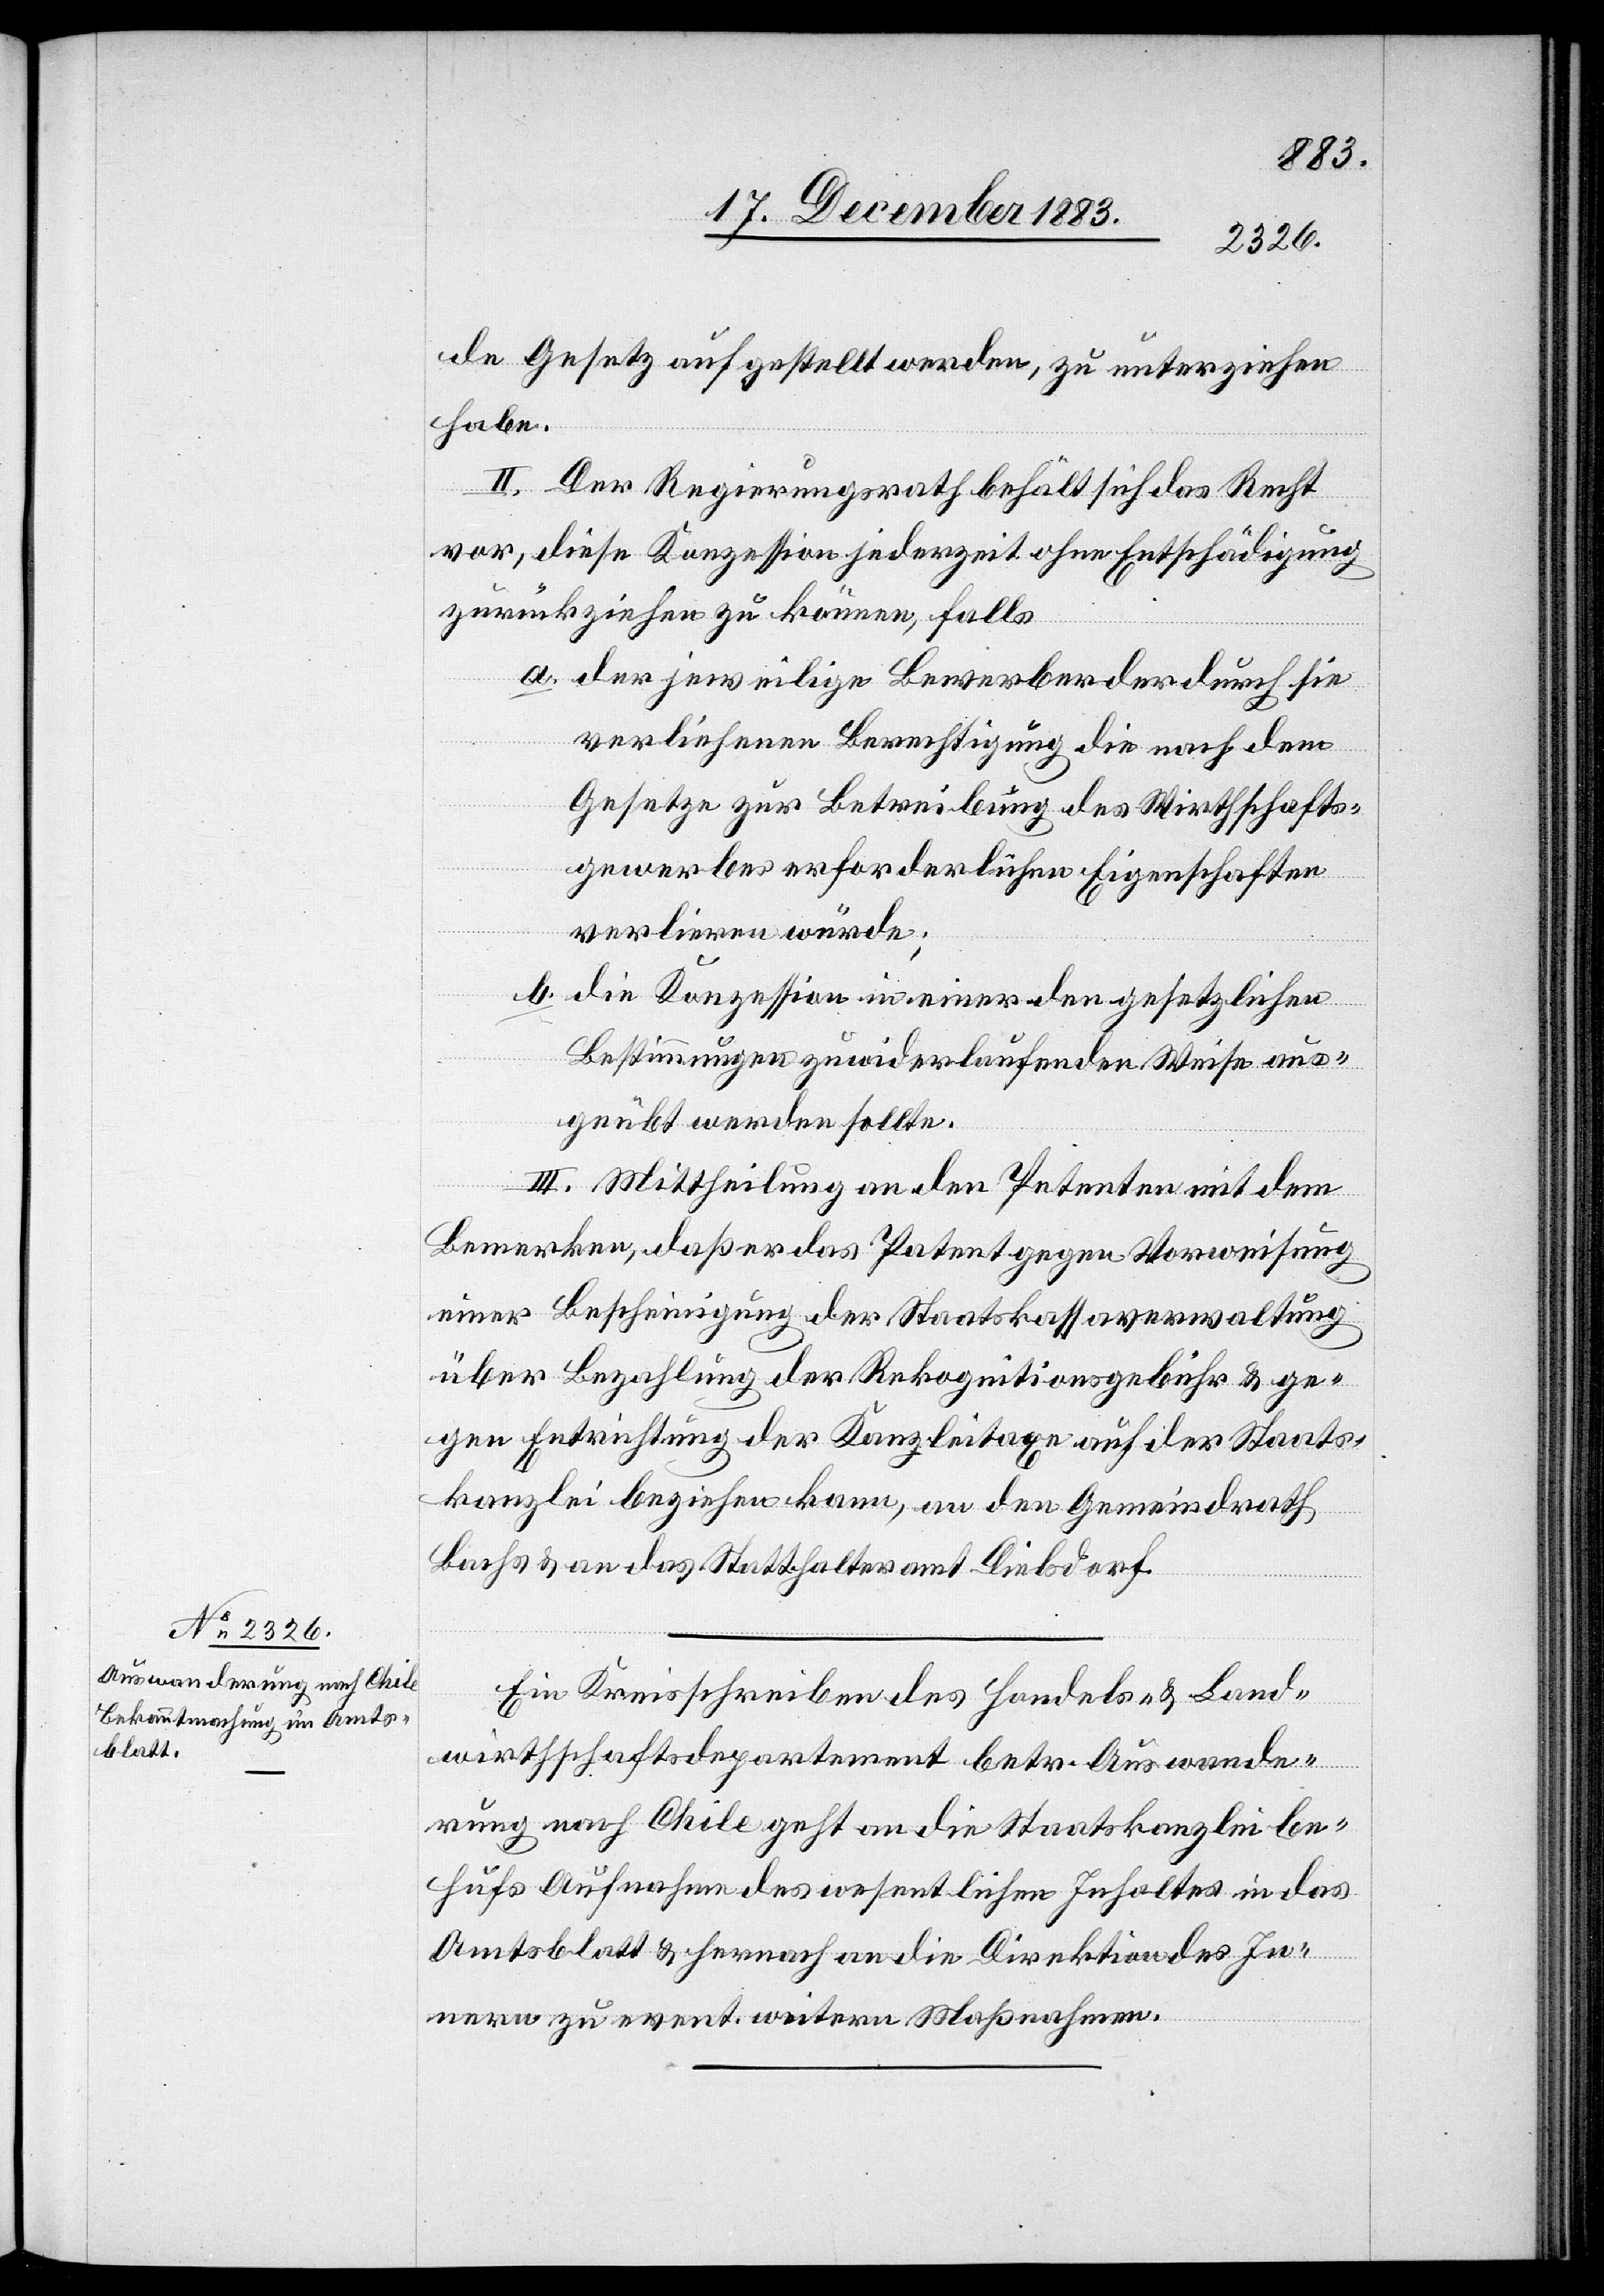
de Gesetz aufgestellt werden, zu unterziehen
habe.
II. Der Regierungsrath behält sich das Recht
vor, diese Konzession jederzeit ohne Entschädigung
zurückziehen zu können, falls
a. der jeweilige Bewerber der durch sie
verliehenen Berechtigung die nach dem
Gesetze zur Betreibung des Wirthschafts¬
gewerbes erforderlichen Eigenschaften
verlieren würde;
b.
die Konzession in einer den gesetzlichen
Bestimmungen zuwiderlaufenden Weise aus¬
geübt werden sollte.
III. Mittheilung an den Petenten mit dem
Bemerken, daß er das Patent gegen Vorweisung
einer Bescheinigung der Staatskassaverwaltung
über Bezahlung der Rekognitionsgebühr & ge¬
gen Entrichtung der Kanzleitaxe auf der Staats¬
kanzlei beziehen kann, an den Gemeindrath
Bachs & an das Statthalteramt Dielsdorf.
Ein Kreisschreiben des Handels- & Land¬
wirthschaftsdepartement betr. Auswande¬
rung nach Chile geht an die Staatskanzlei be¬
hufs Aufnahme des wesentlichen Inhaltes in das
Amtsblatt & hernach an die Direktion des In¬
nern zu event. weitern Maßnahmen.